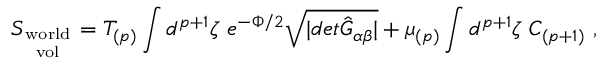
S _ { \mathrm { w o r l d \atop v o l } } = T _ { ( p ) } \int d ^ { p + 1 } \zeta \ e ^ { - \Phi / 2 } \sqrt { \vert d e t { \hat { G } } _ { \alpha \beta } \vert } + \mu _ { ( p ) } \int d ^ { p + 1 } \zeta \ C _ { ( p + 1 ) } \ ,